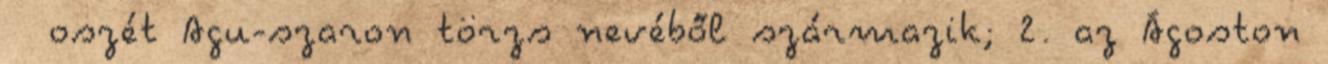
oszét Agu-szaron törzs nevéből származik; 2. az Ágoston